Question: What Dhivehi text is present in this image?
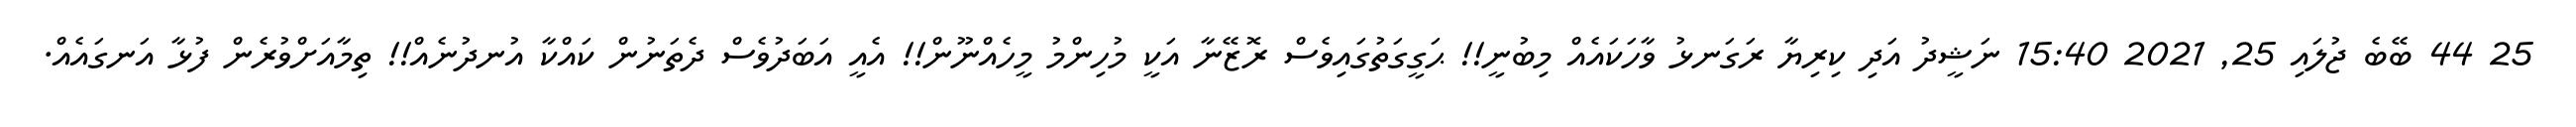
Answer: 25 44 ބޭބެ ޖުލައި 25, 2021 15:40 ނަޝީދު އަދި ކިރިޔާ ރަގަނޅު ވާހަކައެއް މިބުނީ!! ޙަގީގަތުގައިވެސް ރޮޒޭނާ އަކީ މުހިންމު މީހެއްނޫން!! އެއީ އަބަދުވެސް ދެތަނުން ކައްކާ އުނދުނެއް!! ތިމާއަށްވުރެން ފުޅާ އަނގައެއް.